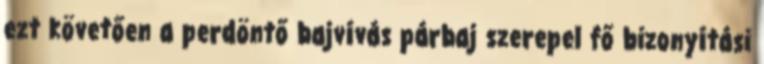
ezt követően a perdöntő bajvívás párbaj szerepel fő bizonyítási